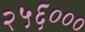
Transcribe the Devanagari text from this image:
२५६०००